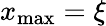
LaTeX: x_{\mathrm{max}}=\xi